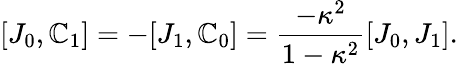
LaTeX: [J_{0},\mathbb{C}_{1}]=-[J_{1},\mathbb{C}_{0}]={\frac{{-\kappa^{2}}}{{1-\kappa^{2}}}}[J_{0},J_{1}].